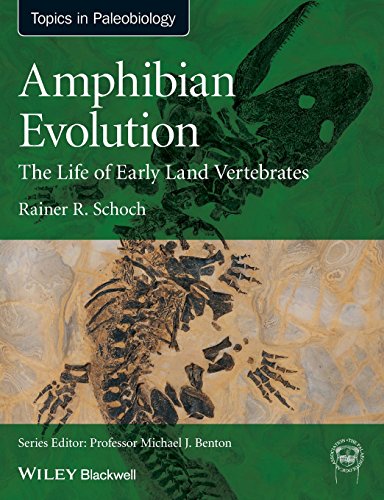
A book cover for Amphibian Evolution: The Life of Early Land Vertebrates (TOPA Topics in Paleobiology); Rainer R. Schoch; Science & Math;